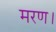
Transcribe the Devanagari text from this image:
मरण।